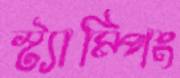
স্ট্যাম্পিং